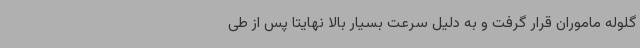
گلوله ماموران قرار گرفت و به دلیل سرعت بسیار بالا نهایتا پس از طی